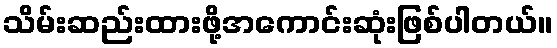
သိမ်းဆည်းထားဖို့အကောင်းဆုံးဖြစ်ပါတယ်။